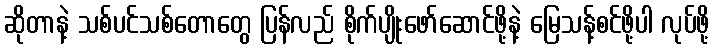
ဆိုတာနဲ့ သစ်ပင်သစ်တောတွေ ပြန်လည် စိုက်ပျိုးဖော်ဆောင်ဖို့နဲ့ မြေသန့်စင်ဖို့ပါ လုပ်ဖို့